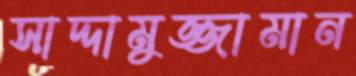
সাদ্দামুজ্জামান